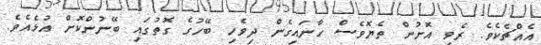
އެއްޗެކެވެ. ރެވި އޮށުން ތެޔޮވެސް ހާނައިގެން ދިވެހި ބޭހުގެ ގޮތުގައި ބޭނުންކޮށް އުޅެއެވެ.